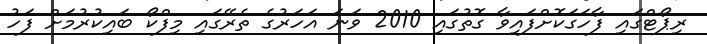
ރިޕޯޓްގައި ފާހަގަކޮށްފައިވާ ގޮތުގައި 2010 ވަނަ އަހަރުގެ ތެރޭގައި މިފްކޯ ބައިކުރުމަށް ފަހު